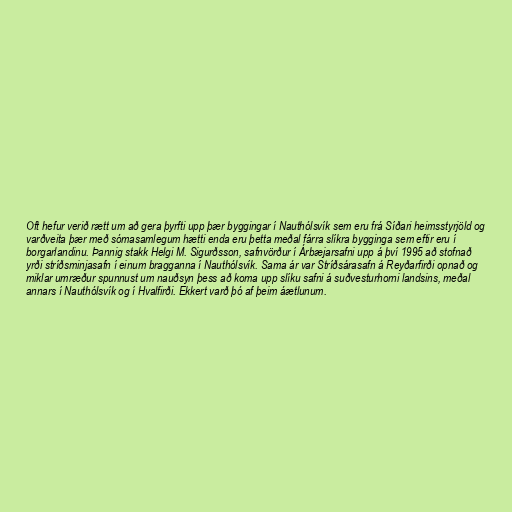
Oft hefur verið rætt um að gera þyrfti upp þær byggingar í Nauthólsvík sem eru frá Síðari heimsstyrjöld og
varðveita þær með sómasamlegum hætti enda eru þetta meðal fárra slíkra bygginga sem eftir eru í
borgarlandinu. Þannig stakk Helgi M. Sigurðsson, safnvörður í Árbæjarsafni upp á því 1995 að stofnað
yrði stríðsminjasafn í einum bragganna í Nauthólsvík. Sama ár var Stríðsárasafn á Reyðarfirði opnað og
miklar umræður spunnust um nauðsyn þess að koma upp slíku safni á suðvesturhorni landsins, meðal
annars í Nauthólsvík og í Hvalfirði. Ekkert varð þó af þeim áætlunum.